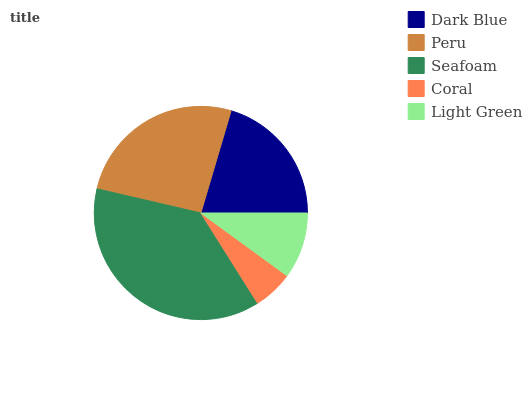
| Dark Blue | Peru | Seafoam | Coral | Light Green |
 | --- | --- | --- | --- | --- |
 | 20.4% | 26% | 37.6% | 6.05% | 10% |